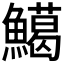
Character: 𩼙